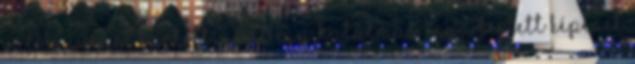
valami mást tartott, amit egy hatalmas inga festett képének